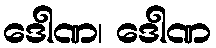
ဒေါဏ၊ ဒေါဏ